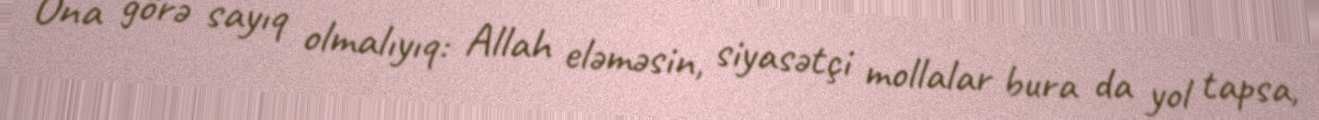
Ona görə sayıq olmalıyıq: Allah eləməsin, siyasətçi mollalar bura da yol tapsa,